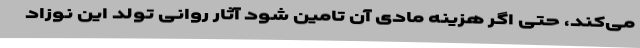
می‌کند، حتی اگر هزینه مادی آن تامین شود آثار روانی تولد این نوزاد